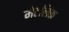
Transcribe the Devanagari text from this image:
मेटलिंक